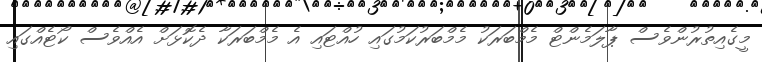
މީގެއިތުރުންވެސް ޕާލަމެންޓް މެމްބަރަކު މެމްބަރުކަމުގައި ހުއްޓައި އެ މެމްބަރަކާ ދެކޮޅަށް އެއްވެސް ކޯޓެއްގައި